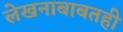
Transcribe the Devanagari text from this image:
लेखनाबाबतही